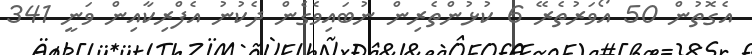
އެގޮތުން 50 އޯވަރުތެރޭ 6 ކުޅުންތެރިން ނުބައިވެގެން ދެކުނު އެފްރިކާއިން ވަނީ 341